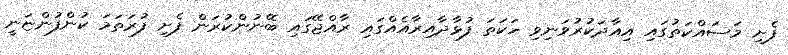
ފެށި މަސައްކަތުގައި އިއާދަކުރުވަނިވި ހަކަތަ ފުޅާދާއިރާއެއްގައި ރާއްޖޭގައި ބޭނުންކުރަން ފެށި ފުރަތަމަ ކުންފުންޏަނީ